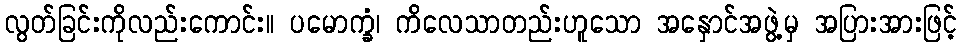
လွတ်ခြင်းကိုလည်းကောင်း။ ပမောက္ခံ၊ ကိလေသာတည်းဟူသော အနှောင်အဖွဲ့မှ အပြားအားဖြင့်